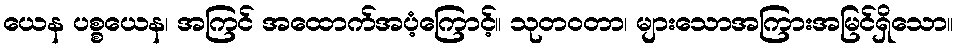
ယေန ပစ္စယေန၊ အကြင် အထောက်အပံ့ကြောင့်။ သုတဝတာ၊ များသောအကြားအမြင်ရှိသော။